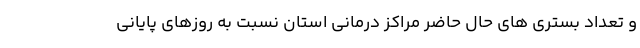
و تعداد بستری های حال حاضر مراکز درمانی استان نسبت به روزهای پایانی